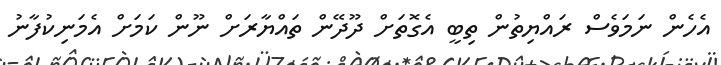
އެހެން ނަމަވެސް ރައްޔިތުން ތިބީ އެގޮތަށް ދޫދޭން ތައްޔާރަށް ނޫން ކަމަށް އެމަނިކުފާނު